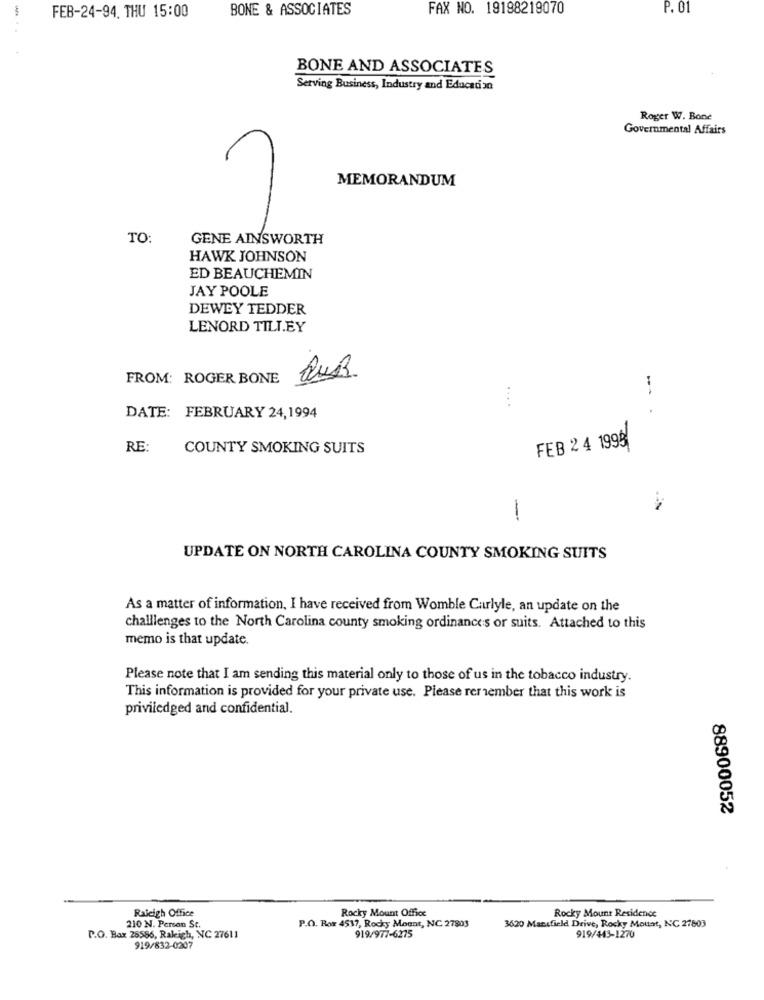
BONE & ASSOCIATES
FAX NO. 19198219070
P. 01
FEB-24-94. THU 15:00
BONE AND ASSOCIATES
Serving Business, Industry and Education
Roger W. Bone
Governmental Affairs
MEMORANDUM
TO:
GENE AINSWORTH
HAWK JOHNSON
ED BEAUCHEMIN
JAY POOLE
DEWEY TEDDER
LENORD TILL.EY
FROM: ROGER BONE
....
DATE: FEBRUARY 24,1994
FEB 2 4 1995
RE:
COUNTY SMOKING SUITS
-
UPDATE ON NORTH CAROLINA COUNTY SMOKING SUITS
As a matter of information. I have received from Womble Carlyle, an update on the
challlenges to the North Carolina county smoking ordinances or suits. Attached to this
memo is that update.
Please note that I am sending this material only to those of us in the tobacco industry.
This information is provided for your private use. Please remember that this work is
priviledged and confidential.
88900052
Raleigh Office
Rocky Mount Office
Rocky Mount Residence
210 N. Person St.
P.O. Box 4517, Rocky Mount, NC 27803
3620 Mansfield Drive, Rocky Mottat, NC 27803
P.O. Box 28586, Raleigh, NC 27611
919/977-6275
919/443-1270
919/832-0207